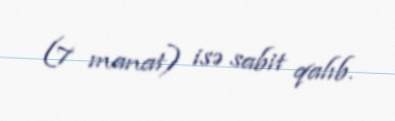
(7 manat) isə sabit qalıb.